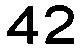
42